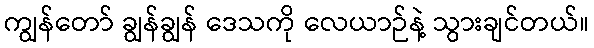
ကျွန်တော် ချွန်ချွန် ဒေသကို လေယာဉ်နဲ့ သွားချင်တယ်။